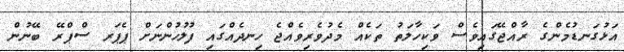
އަޅުގަނޑުމެންގެ ރާއްޖޭގައިވެސް ވަކިހާލަތު ތަކެއް މެދުވެރިވެއްޖެ ހިނދެއްގައި ފުލުހުންނަށް ޕެޕަރ ސްޕްރޭ ބޭނުން